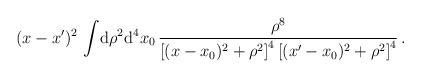
\begin{align*}(x-x^\prime)^2\,\int\! {\rm d}\rho^2{\rm d}^4 x_0 \, \frac{\rho^8}{\left[(x-x_0)^2+\rho^2\right]^4\left[(x^\prime-x_0)^2+\rho^2\right]^4}\,.\end{align*}